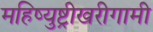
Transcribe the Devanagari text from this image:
महिष्युष्ट्रीखरीगामी